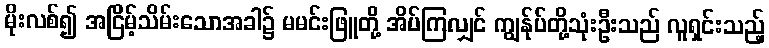
မိုးလစ်၍ အငြိမ့်သိမ်းသောအခါ၌ မမင်းဖြူတို့ အိပ်ကြလျှင် ကျွန်ုပ်တို့သုံးဦးသည် လူရှင်းသည့်